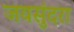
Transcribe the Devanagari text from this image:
जयसुंदरा